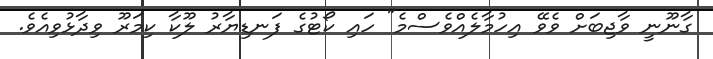
ގާނޫނީ ވާޖިބަށް ވެވޭ އިހުމާލެއްވެސްމެ" ހައި ކޯޓުގެ ފަނޑިޔާރު ލޫކާ ކިމަރޫ ވިދާޅުވިއެވެ.